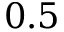
0 . 5